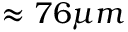
\approx 7 6 \mu m